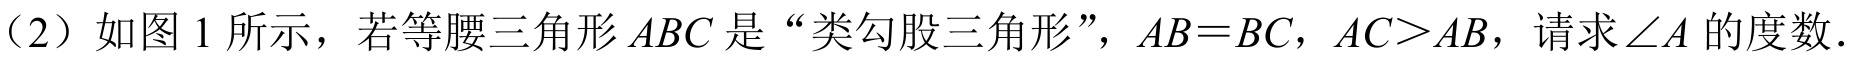
（2）如图 1 所示，若等腰三角形$ABC$是“类勾股三角形”，$AB = BC$，$AC>AB$，请求$\angle A$的度数.